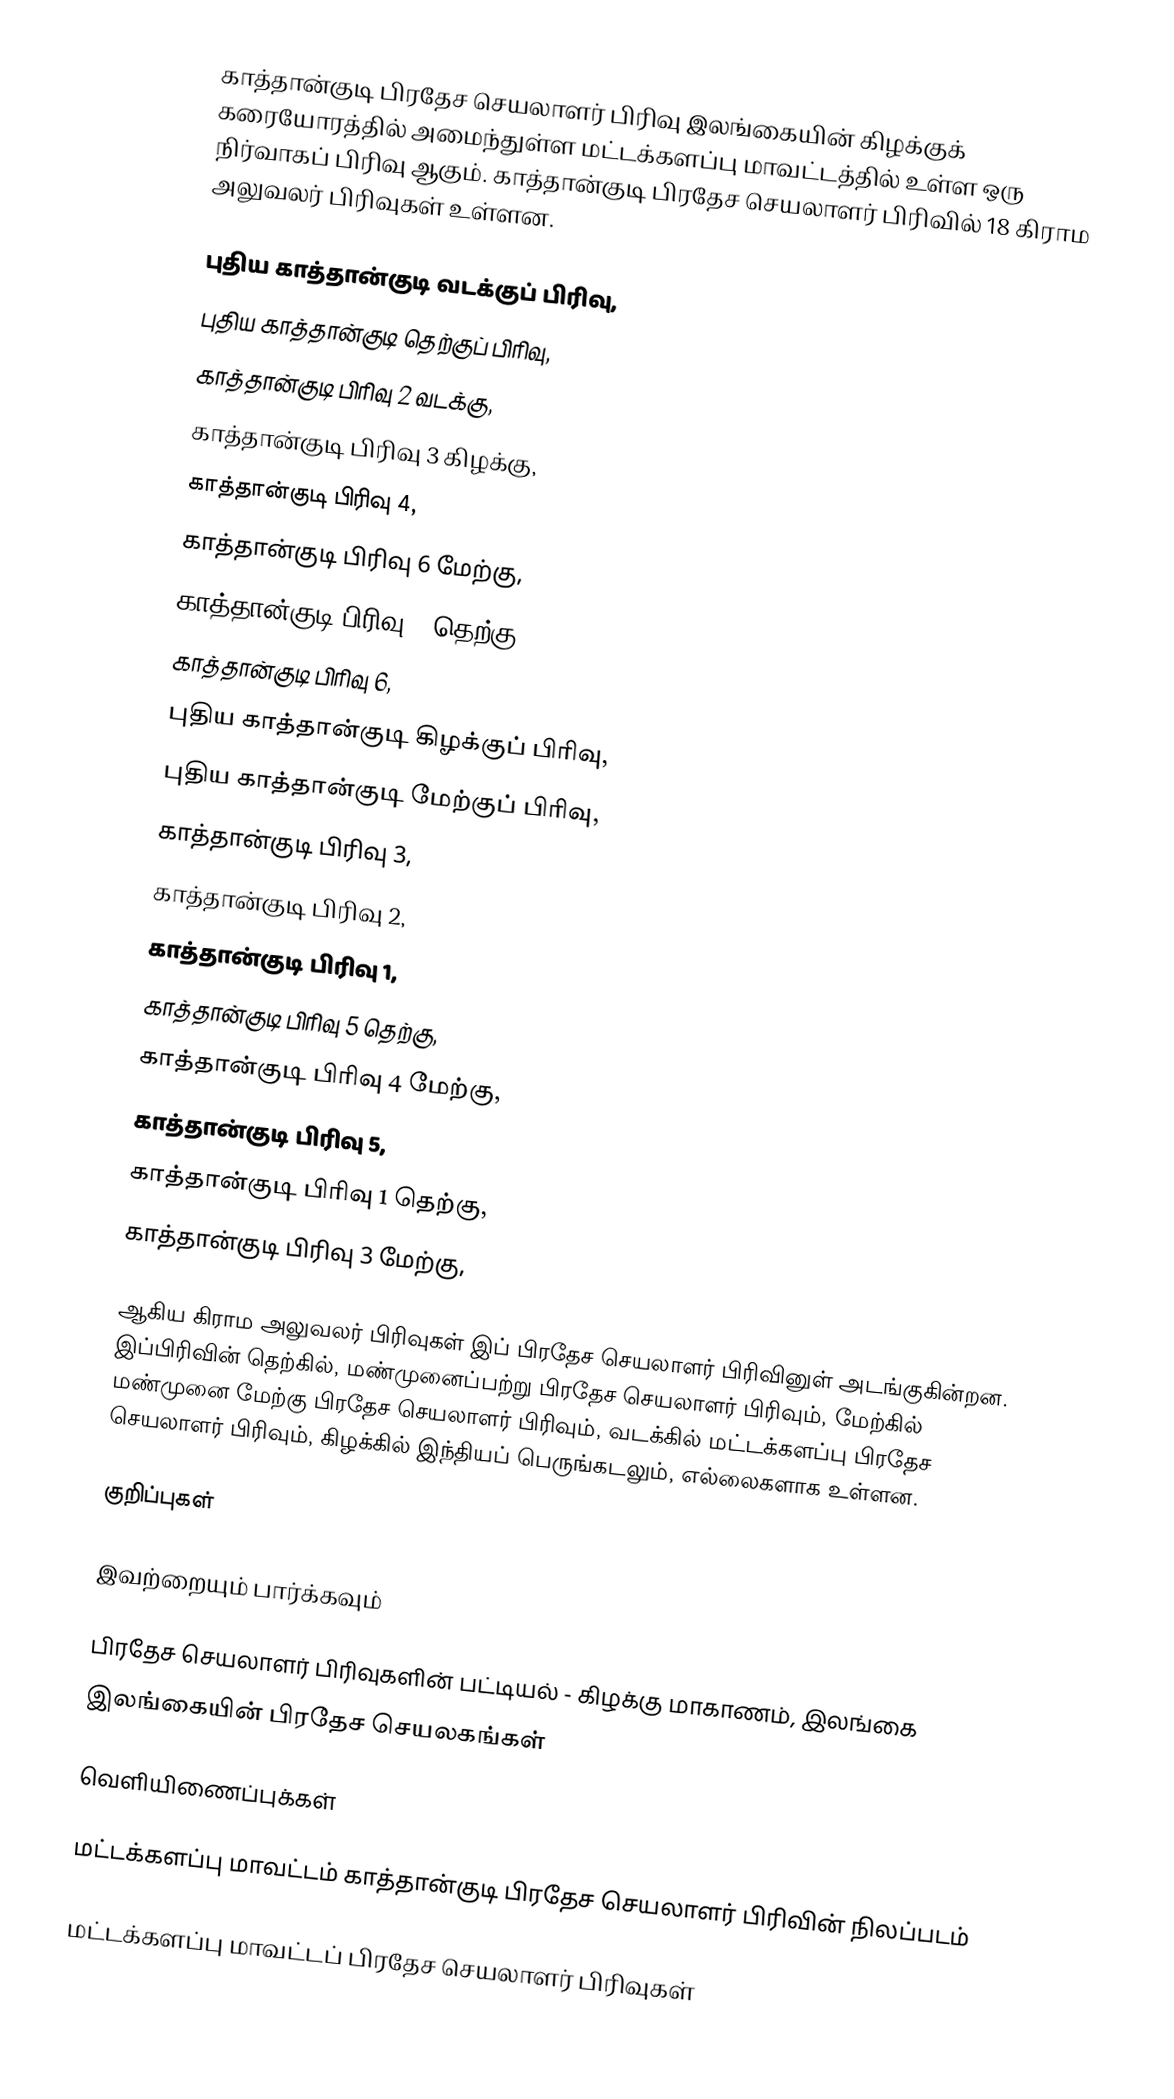
காத்தான்குடி பிரதேச செயலாளர் பிரிவு இலங்கையின் கிழக்குக் கரையோரத்தில் அமைந்துள்ள மட்டக்களப்பு மாவட்டத்தில் உள்ள ஒரு நிர்வாகப் பிரிவு ஆகும். காத்தான்குடி பிரதேச செயலாளர் பிரிவில் 18 கிராம அலுவலர் பிரிவுகள் உள்ளன.

 புதிய காத்தான்குடி வடக்குப் பிரிவு,
 புதிய காத்தான்குடி தெற்குப் பிரிவு,
 காத்தான்குடி பிரிவு 2 வடக்கு,
 காத்தான்குடி பிரிவு 3 கிழக்கு,
 காத்தான்குடி பிரிவு 4,
 காத்தான்குடி பிரிவு 6 மேற்கு,
 காத்தான்குடி பிரிவு 6 தெற்கு,
 காத்தான்குடி பிரிவு 6,
 புதிய காத்தான்குடி கிழக்குப் பிரிவு,
 புதிய காத்தான்குடி மேற்குப் பிரிவு,
 காத்தான்குடி பிரிவு 3,
 காத்தான்குடி பிரிவு 2,
 காத்தான்குடி பிரிவு 1,
 காத்தான்குடி பிரிவு 5 தெற்கு,
 காத்தான்குடி பிரிவு 4 மேற்கு,
 காத்தான்குடி பிரிவு 5,
 காத்தான்குடி பிரிவு 1 தெற்கு,
 காத்தான்குடி பிரிவு 3 மேற்கு,

ஆகிய கிராம அலுவலர் பிரிவுகள் இப் பிரதேச செயலாளர் பிரிவினுள் அடங்குகின்றன. இப்பிரிவின் தெற்கில், மண்முனைப்பற்று பிரதேச செயலாளர் பிரிவும், மேற்கில் மண்முனை மேற்கு பிரதேச செயலாளர் பிரிவும், வடக்கில் மட்டக்களப்பு பிரதேச செயலாளர் பிரிவும், கிழக்கில் இந்தியப் பெருங்கடலும், எல்லைகளாக உள்ளன.

குறிப்புகள்

இவற்றையும் பார்க்கவும்

 பிரதேச செயலாளர் பிரிவுகளின் பட்டியல் - கிழக்கு மாகாணம், இலங்கை
 இலங்கையின் பிரதேச செயலகங்கள்

வெளியிணைப்புக்கள்

 மட்டக்களப்பு மாவட்டம் காத்தான்குடி பிரதேச செயலாளர் பிரிவின் நிலப்படம்

மட்டக்களப்பு மாவட்டப் பிரதேச செயலாளர் பிரிவுகள்